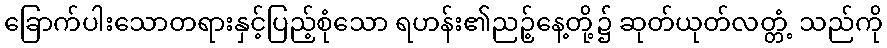
ခြောက်ပါးသောတရားနှင့်ပြည့်စုံသော ရဟန်း၏ညဉ့်နေ့တို့၌ ဆုတ်ယုတ်လတ္တံ့ သည်ကို